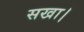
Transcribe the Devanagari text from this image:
सखा।